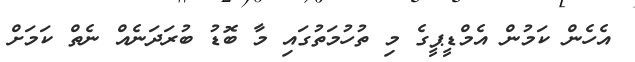
އެހެން ކަމުން އެމްޑީޕީގެ މި ތުހުމަތުގައި މާ ބޮޑު ބުރަދަނެއް ނެތް ކަމަށް